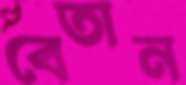
বেতান